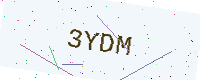
Text: 3YDM